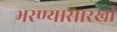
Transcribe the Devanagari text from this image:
भरण्यासारखी